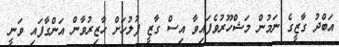
އަބްދު ގާޒީގެ ނަމުން މަޝްހޫރުވެފައިވާ އިސް ގާޒީ ފުލުހަށް ހާޒިރުވާން އަންގާފައި ވަނީ